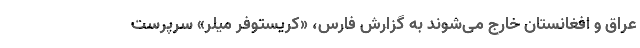
عراق و افغانستان خارج می‌شوند به گزارش فارس، «کریستوفر میلر» سرپرست